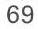
69